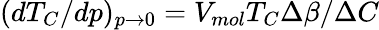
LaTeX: (dT_{C}/dp)_{p\rightarrow 0}=V_{mol}T_{C}\Delta\beta/\Delta C